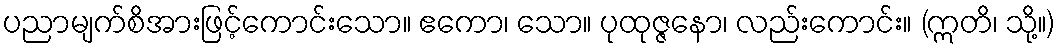
ပညာမျက်စိအားဖြင့်ကောင်းသော။ ဧကော၊ သော။ ပုထုဇ္ဇနော၊ လည်းကောင်း။ (ဣတိ၊ သို့။)